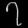
Digit: ၇